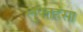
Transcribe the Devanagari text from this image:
लुफ्तहंसा